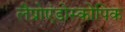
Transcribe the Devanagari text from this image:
लैप्रोएंडोस्कोपिक